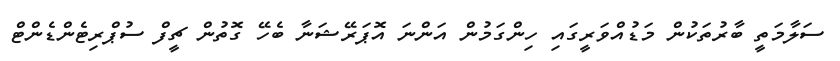
ސަލާމަތީ ބާރުތަކުން މަޑުއްވަރީގައި ހިންގަމުން އަންނަ އޮޕަރޭޝަނާ ބެހޭ ގޮތުން ޗީފް ސުޕްރިޓެންޑެންޓް